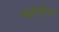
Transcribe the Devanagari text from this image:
बहीणींवर